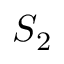
S _ { 2 }